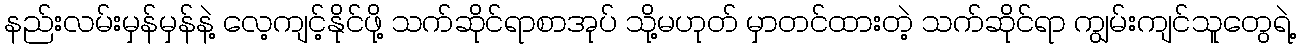
နည်းလမ်းမှန်မှန်နဲ့ လေ့ကျင့်နိုင်ဖို့ သက်ဆိုင်ရာစာအုပ် သို့မဟုတ် မှာတင်ထားတဲ့ သက်ဆိုင်ရာ ကျွမ်းကျင်သူတွေရဲ့